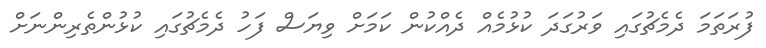
ފުރަތަމަ ދެމެޗުގައި ވަރުގަދަ ކުޅުމެއް ދެއްކުން ކަމަށް ވިޔަސް ފަހު ދެމެޗުގައި ކުޅުންތެރިންނަށް